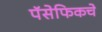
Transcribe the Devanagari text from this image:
पॅसेफिकचे